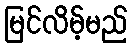
မြင်လိမ့်မည်